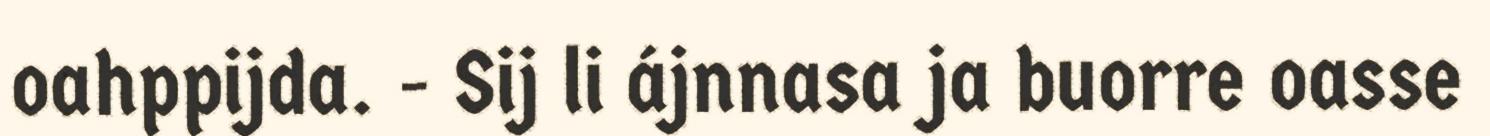
oahppijda. - Sij li ájnnasa ja buorre oasse